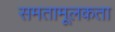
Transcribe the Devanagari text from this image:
समतामूलकता